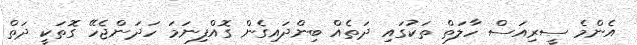
އެންމެ ސީރިއަސް ހާލަތް ތަކުގައި ދަތެއް ބިންދައިގެން ގޮއްފިނަމަ ހަދަންޖެހޭ ގޮތަކީ ދަތް